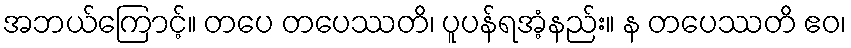
အဘယ်ကြောင့်။ တပေ တပေဿတိ၊ ပူပန်ရအံ့နည်း။ န တပေဿတိ ဧဝ၊